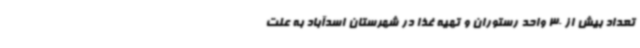
تعداد بیش از 30 واحد رستوران و تهیه غذا در شهرستان اسدآباد به علت